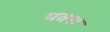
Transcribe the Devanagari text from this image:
पक्श